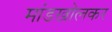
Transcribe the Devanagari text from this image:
मांडखोलकर